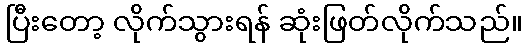
ပြီးတော့ လိုက်သွားရန် ဆုံးဖြတ်လိုက်သည်။